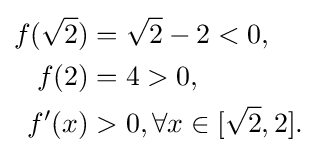
{\begin{aligned}f({\sqrt {2}})&={\sqrt {2}}-2<0,\\f(2)&=4>0,\\f'(x)&>0,\forall x\in [{\sqrt {2}},2].\end{aligned}}